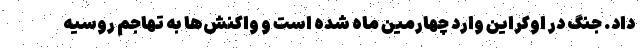
داد. جنگ در اوکراین وارد چهارمین ماه شده است و واکنش‌ها به تهاجم روسیه